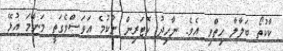
ކާކުތޯ ބަލާލާ ހިތްވި އެވެ. ނާހިދު ކޮޓަރިން ނުކުމެ އަވަސްވެގަތީ މަންމަ އުޅޭ